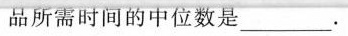
品所需时间的中位数是___。